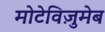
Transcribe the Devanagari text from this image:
मोटेविज़ुमेब